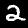
Digit: 2